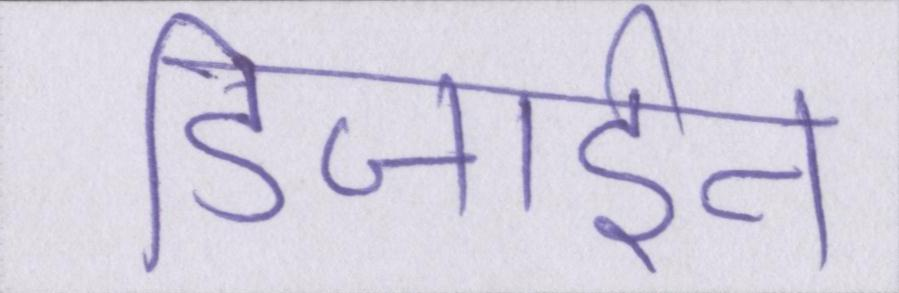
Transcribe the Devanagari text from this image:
डिजाईन